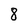
Character: 8